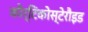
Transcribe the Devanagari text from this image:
कौर्टिकोस्टेरौइड